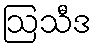
ဩသီဒ